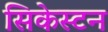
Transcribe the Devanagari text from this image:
सिकेस्टन